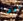
فقط